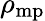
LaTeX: \rho_{\mathrm{mp}}